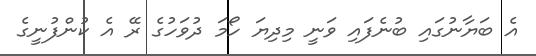
އެ ބަޔާނުގައި ބުނެފައި ވަނީ މިދިޔަ ހޯމަ ދުވަހުގެ ރޭ އެ ކުންފުނީގެ